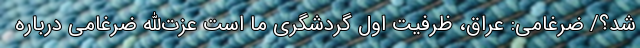
شد؟/ ضرغامی: عراق، ظرفیت اول گردشگری ما است عزت‌الله ضرغامی درباره